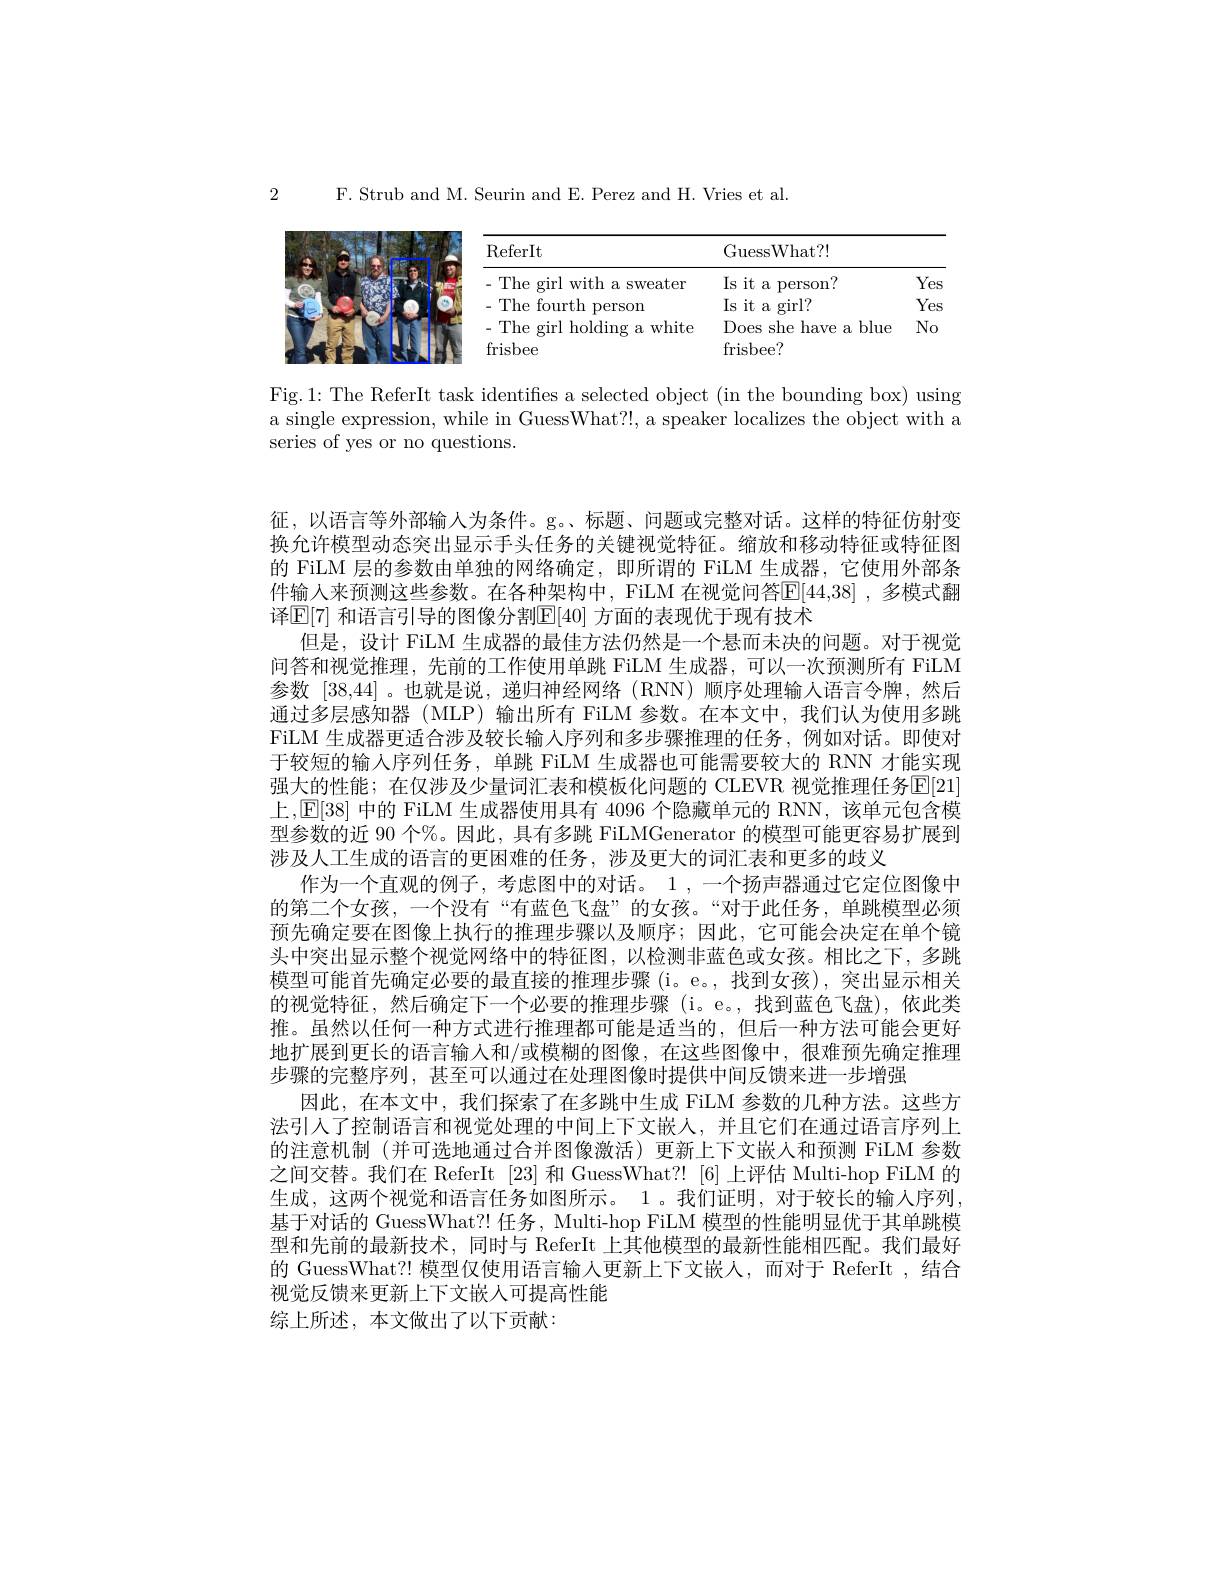
2

F. Strub and M. Seurin and E. Perez and H. Vries et al.

<FigureHere>

Fig.1: The ReferIt task identifies a selected object (in the bounding box) using a single expression, while in GuessWhat?!, a speaker localizes the object with a series of yes or no questions.

征，以语言等外部输入为条件。g。、标题、问题或完整对话。这样的特征仿射变换允许模型动态突出显示手头任务的关键视觉特征。缩放和移动特征或特征图的 FiLM 层的参数由单独的网络确定，即所谓的 FiLM 生成器，它使用外部条件输入来预测这些参数。在各种架构中，FiLM 在视觉问答$\mathbb{E}[44,38]$ ,多模式翻译$\mathbb{E}[7]$ 和语言引导的图像分割$\mathbb{E}[40]$ 方面的表现优于现有技术
但是，设计 FiLM 生成器的最佳方法仍然是一个悬而未决的问题。对于视觉问答和视觉推理，先前的工作使用单跳 FiLM 生成器，可以一次预测所有 FiLM 参数 [38,44]。也就是说，递归神经网络(RNN)顺序处理输人语言令牌，然后通过多层感知器 (MLP) 输出所有 FiLM 参数。在本文中，我们认为使用多跳FiLM 生成器更适合涉及较长输人序列和多步骤推理的任务，例如对话。即使对于较短的输入序列任务，单跳 FiLM 生成器也可能需要较大的 RNN 才能实现强大的性能；在仅涉及少量词汇表和模板化问题的 CLEVR 视觉推理任务E[ 21] 上，$\mathbb{E}[38]$中的 FiLM 生成器使用具有 4096 个隐藏单元的 RNN, 该单元包含模型参数的近 90 个%。因此，具有多跳 FiLMGenerator 的模型可能更容易扩展到涉及人工生成的语言的更困难的任务，涉及更大的词汇表和更多的歧义
作为一个直观的例子，考虑图中的对话。1 ,一个扬声器通过它定位图像中的第二个女孩，一个没有“有蓝色飞盘”的女孩。“对于此任务，单跳模型必须预先确定要在图像上执行的推理步骤以及顺序；因此，它可能会决定在单个镜头中突出显示整个视觉网络中的特征图，以检测非蓝色或女孩。相比之下，多跳模型可能首先确定必要的最直接的推理步骤(i。e。,找到女孩),突出显示相关的视觉特征，然后确定下一个必要的推理步骤(i。e。,找到蓝色飞盘),依此类推。虽然以任何一种方式进行推理都可能是适当的，但后一种方法可能会更好地扩展到更长的语言输入和/或模糊的图像，在这些图像中，很难预先确定推理步骤的完整序列，甚至可以通过在处理图像时提供中间反馈来进一步增强
因此，在本文中，我们探索了在多跳中生成 FiLM 参数的几种方法。这些方法引人了控制语言和视觉处理的中间上下文嵌人，并且它们在通过语言序列上的注意机制 (并可选地通过合并图像激活)更新上下文嵌人和预测 FiLM 参数之间交替。我们在 ReferIt [23] 和 GuessWhat?! [6] 上评估 Multi-hop FiLM 的生成，这两个视觉和语言任务如图所示。1。我们证明，对于较长的输人序列， 基于对话的 GuessWhat?! 任务，Multi-hop FiLM 模型的性能明显优于其单跳模型和先前的最新技术，同时与 ReferIt 上其他模型的最新性能相匹配。我们最好的 GuessWhat?! 模型仅使用语言输人更新上下文嵌人，而对于 ReferIt ,结合视觉反馈来更新上下文嵌人可提高性能
综上所述，本文做出了以下贡献：